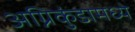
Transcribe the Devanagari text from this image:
अग्निकुंडामध्ये